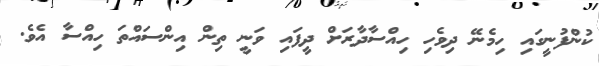
ކުންފުނީގައި ހިމެނޭ ދިވެހި ހިއްސާދާރަށް ދީފައި ވަނީ ތިން އިންސައްތަ ހިއްސާ އެވެ.